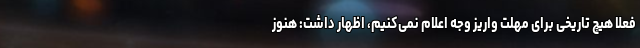
فعلا هیچ تاریخی برای مهلت واریز وجه اعلام نمی‌کنیم، اظهار داشت: هنوز